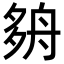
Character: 𡖫